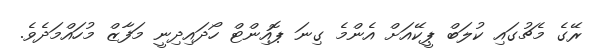
ރޭގެ މެޗުގައި ކުލަބް ޕީކޭއަށް އެންމެ ގިނަ ޕޮއިންޓް ހޯދައިދިނީ މަފާޒް މުހައްމަދެވެ.